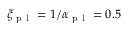
\xi _ { \mathrm { ~ p ~ l ~ } } = 1 / \alpha _ { \mathrm { ~ p ~ l ~ } } = 0 . 5